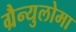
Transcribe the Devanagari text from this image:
ग्रैन्युलोमा